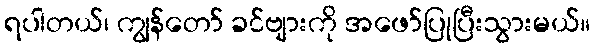
ရပါတယ်၊ ကျွန်တော် ခင်ဗျားကို အဖော်ပြုပြီးသွားမယ်။